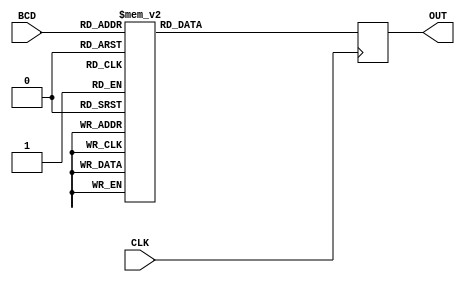
module SEG7(BCD, CLK, OUT);
input CLK;
input [3:0] BCD;
output [6:0] OUT;
reg [6:0] OUT;

always @(posedge CLK) begin
	case(BCD)
		4'b0000 : OUT = 7'b1000000;	//0
		4'b0001 : OUT = 7'b1111001;	//1
		4'b0010 : OUT = 7'b0100100;	//2
		4'b0011 : OUT = 7'b0110000;	//3
		4'b0100 : OUT = 7'b0011001;	//4
		4'b0101 : OUT = 7'b0010010;	//5
		4'b0110 : OUT = 7'b0000010;	//6
		4'b0111 : OUT = 7'b1111000;	//7
		4'b1000 : OUT = 7'b0000000;	//8
		4'b1001 : OUT = 7'b0010000;	//9
		4'b1010 : OUT = 7'b0001000;	//A
		4'b1011 : OUT = 7'b0000011;	//b
		4'b1100 : OUT = 7'b1000110;	//C
		4'b1101 : OUT = 7'b0100001;	//d
		4'b1110 : OUT = 7'b0000110;	//E
		4'b1111 : OUT = 7'b0001110;	//F
	endcase
end
endmodule